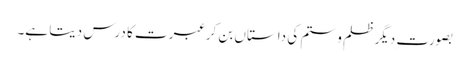
بصورت ِدیگر ظلم و ستم کی داستاں بن کر عبرت کا درس دیتا ہے۔